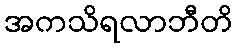
အကသိရလာဘီတိ